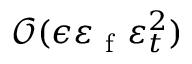
\mathcal { O } ( \epsilon \varepsilon _ { \mathrm { ~ f ~ } } \varepsilon _ { t } ^ { 2 } )